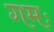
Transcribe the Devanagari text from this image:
गमः